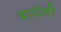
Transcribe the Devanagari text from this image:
बाघेली